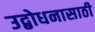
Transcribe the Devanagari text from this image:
उद्बोधनासाठी